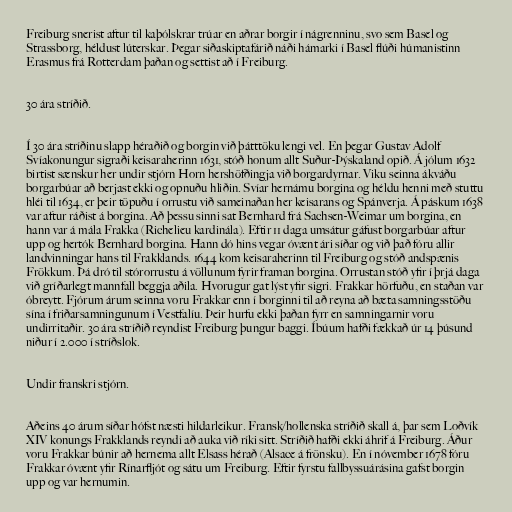
Freiburg snerist aftur til kaþólskrar trúar en aðrar borgir í nágrenninu, svo sem Basel og
Strassborg, héldust lúterskar. Þegar siðaskiptafárið náði hámarki í Basel flúði húmanistinn
Erasmus frá Rotterdam þaðan og settist að í Freiburg.

30 ára stríðið.

Í 30 ára stríðinu slapp héraðið og borgin við þátttöku lengi vel. En þegar Gustav Adolf
Svíakonungur sigraði keisaraherinn 1631, stóð honum allt Suður-Þýskaland opið. Á jólum 1632
birtist sænskur her undir stjórn Horn hershöfðingja við borgardyrnar. Viku seinna ákváðu
borgarbúar að berjast ekki og opnuðu hliðin. Svíar hernámu borgina og héldu henni með stuttu
hléi til 1634, er þeir töpuðu í orrustu við sameinaðan her keisarans og Spánverja. Á páskum 1638
var aftur ráðist á borgina. Að þessu sinni sat Bernhard frá Sachsen-Weimar um borgina, en
hann var á mála Frakka (Richelieu kardinála). Eftir 11 daga umsátur gáfust borgarbúar aftur
upp og hertók Bernhard borgina. Hann dó hins vegar óvænt ári síðar og við það fóru allir
landvinningar hans til Frakklands. 1644 kom keisaraherinn til Freiburg og stóð andspænis
Frökkum. Þá dró til stórorrustu á völlunum fyrir framan borgina. Orrustan stóð yfir í þrjá daga
við gríðarlegt mannfall beggja aðila. Hvorugur gat lýst yfir sigri. Frakkar hörfuðu, en staðan var
óbreytt. Fjórum árum seinna voru Frakkar enn í borginni til að reyna að bæta samningsstöðu
sína í friðarsamningunum í Vestfalíu. Þeir hurfu ekki þaðan fyrr en samningarnir voru
undirritaðir. 30 ára stríðið reyndist Freiburg þungur baggi. Íbúum hafði fækkað úr 14 þúsund
niður í 2.000 í stríðslok.

Undir franskri stjórn.

Aðeins 40 árum síðar hófst næsti hildarleikur. Fransk/hollenska stríðið skall á, þar sem Loðvík
XIV konungs Frakklands reyndi að auka við ríki sitt. Stríðið hafði ekki áhrif á Freiburg. Áður
voru Frakkar búnir að hernema allt Elsass hérað (Alsace á frönsku). En í nóvember 1678 fóru
Frakkar óvænt yfir Rínarfljót og sátu um Freiburg. Eftir fyrstu fallbyssuárásina gafst borgin
upp og var hernumin.